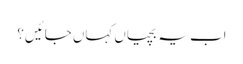
اب یہ بچیاں کہاں جائیں؟